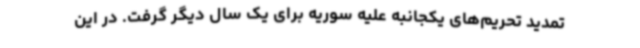
تمدید تحریم‌های یکجانبه علیه سوریه برای یک سال دیگر گرفت. در این